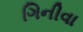
ગિનીવા